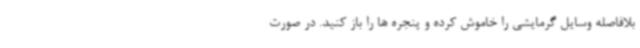
بلافاصله وسایل گرمایشی را خاموش کرده و پنجره ها را باز کنید. در صورت